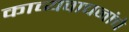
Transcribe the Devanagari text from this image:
काव्यवाचनांचे